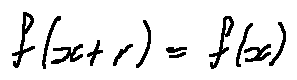
f ( x + r ) = f ( x )